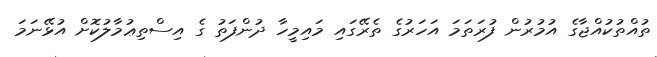
ތުއްތުކުއްޖާގެ އުމުރުން ފުރަތަމަ އަހަރުގެ ތެރޭގައި މައިމީހާ ދުންފަތު ގެ އިސްތިޢުމާލުކޮށް އުޅޭނަމަ